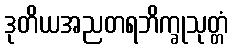
ဒုတိယအညတရဘိက္ခုသုတ္တံ